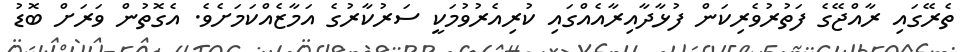
ތެރޭގައި ރާއްޖޭގެ ފަތުރުވެރިކަން ފުޅާދާއިރާއެއްގައި ކުރިއެރުވުމަކީ ސަރުކާރުގެ އަމާޒެއްކަމަށެވެ. އެގޮތުން ވަރަށް ބޮޑު